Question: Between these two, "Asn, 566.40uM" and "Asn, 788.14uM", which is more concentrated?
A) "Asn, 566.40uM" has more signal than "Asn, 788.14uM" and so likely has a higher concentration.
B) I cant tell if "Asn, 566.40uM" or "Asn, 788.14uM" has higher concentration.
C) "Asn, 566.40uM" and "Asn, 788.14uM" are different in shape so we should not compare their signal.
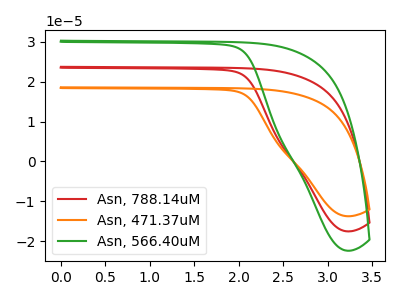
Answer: <think>The red curve "Asn, 788.14uM" has no peaks. The orange curve "Asn, 471.37uM" has no peaks. The green curve "Asn, 566.40uM" has no peaks.
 Neither "Asn, 566.40uM" or "Asn, 788.14uM" have any peaks.</think>
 <answer>B) I cant tell if "Asn, 566.40uM" or "Asn, 788.14uM" has higher concentration.</answer>
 <eval>B</eval>